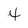
Character: 4